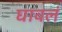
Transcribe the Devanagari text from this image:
घावलं